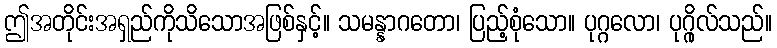
ဤအတိုင်းအရှည်ကိုသိသောအဖြစ်နှင့်။ သမန္နာဂတော၊ ပြည့်စုံသော။ ပုဂ္ဂလော၊ ပုဂ္ဂိုလ်သည်။